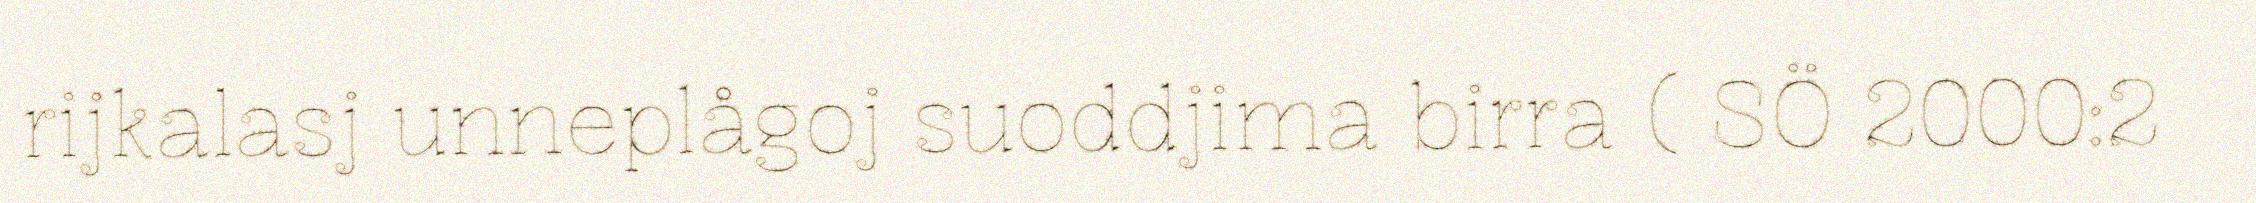
rijkalasj unneplågoj suoddjima birra ( SÖ 2000:2